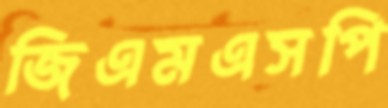
জিএমএসপি